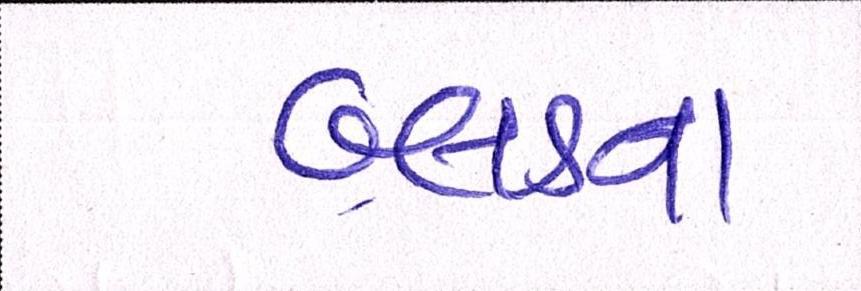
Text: બ્લડના